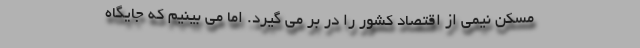
مسکن نیمی از اقتصاد کشور را در بر می گیرد. اما می بینیم که جایگاه